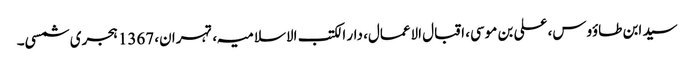
سید ابن طاؤوس، علی بن موسی، اقبال الاعمال، دار الکتب الاسلامیہ، تہران، 1367 ہجری شمسی۔